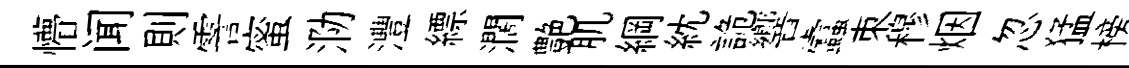
懵闻則霅蜜泐灃縹濶艶肌綱紞詭響蠧朿穆烟忽猛榜